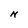
Character: N